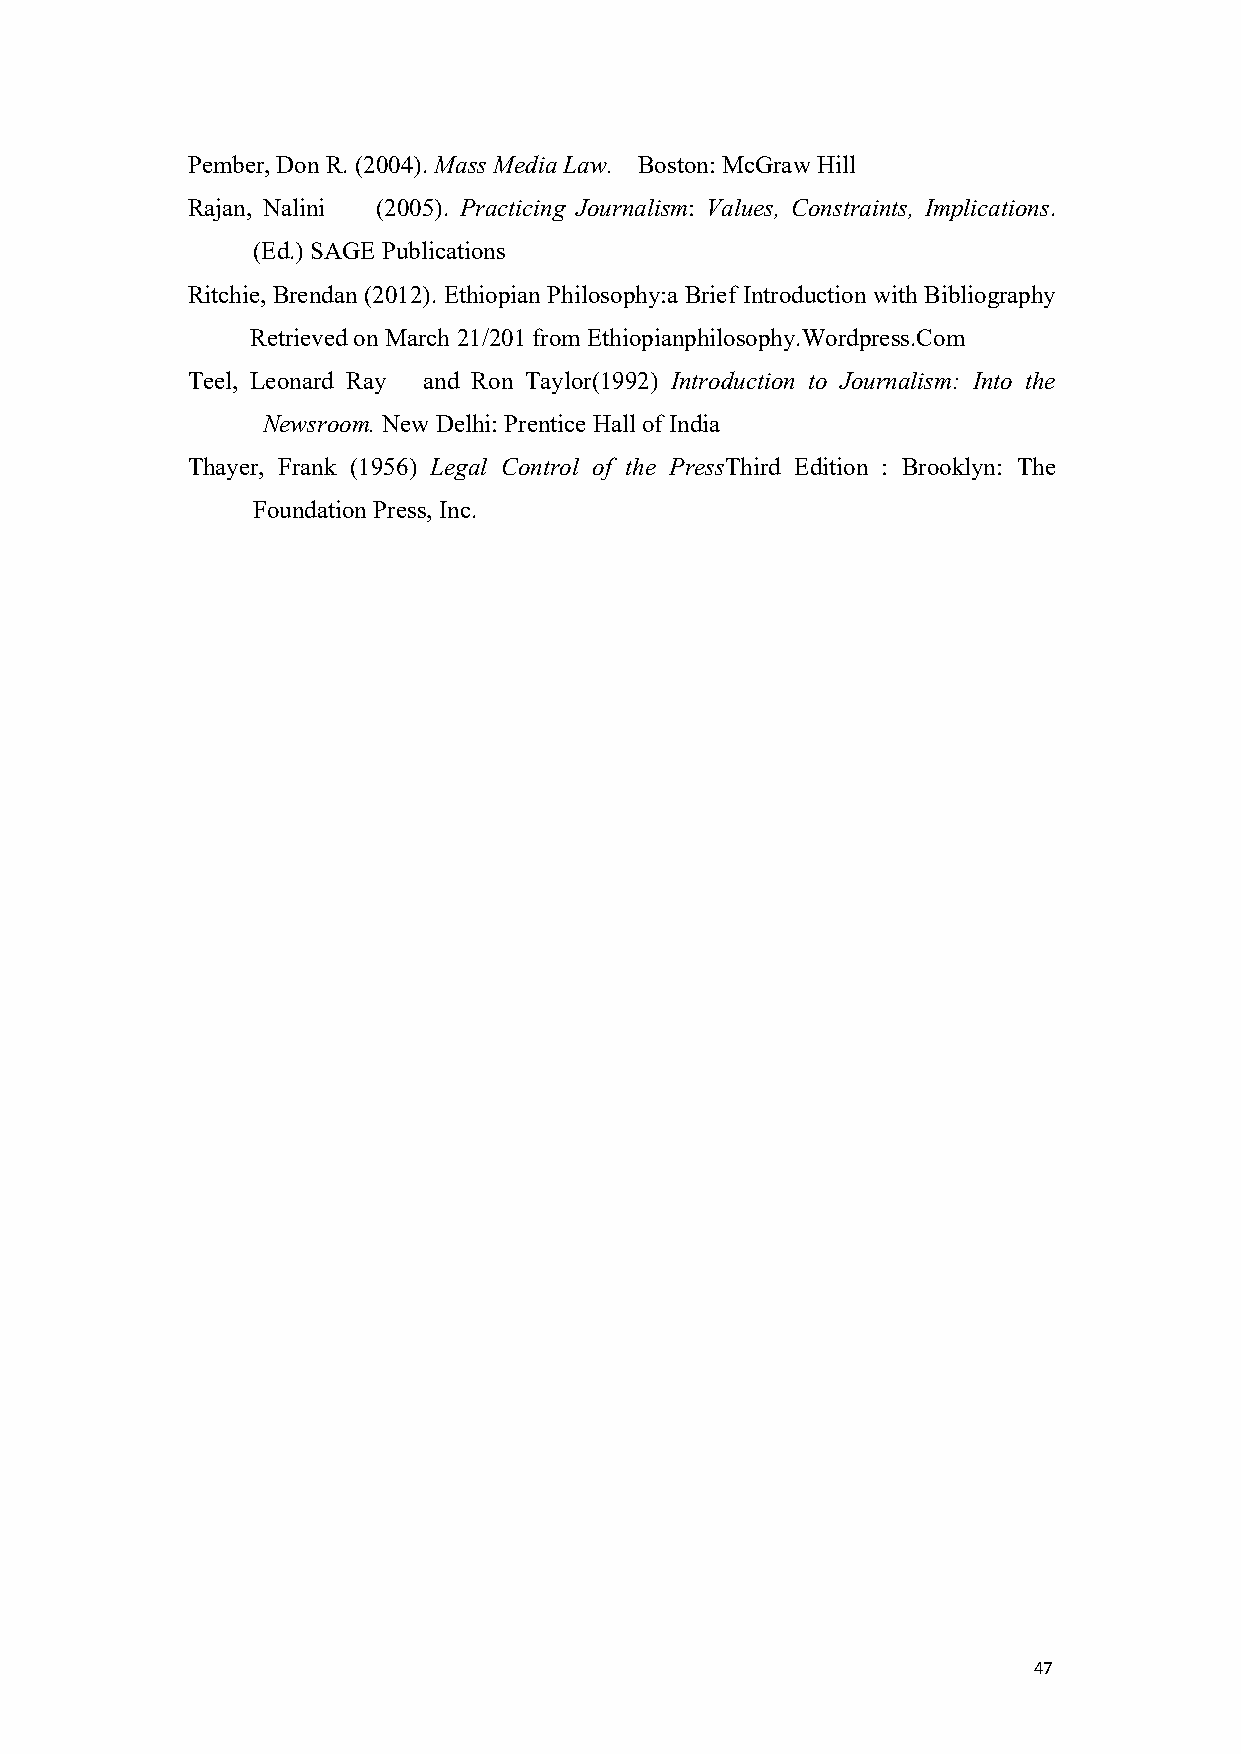
Pember,Don R. (2004).Mass Media Law. Boston: McGrawHill
 Rajan, Nalini (2005). Practicing Journalism: Values, Constraints, Implications.
 (Ed.) SAGE Publications
 Ritchie, Brendan (2012). Ethiopian Philosophy:a Brief Introduction with Bibliography
 Retrieved onMarch 21/201from Ethiopianphilosophy.Wordpress.Com
 Teel, Leonard Ray and Ron Taylor(1992) Introduction to Journalism: Into the
 Newsroom.New Delhi: Prentice Hall of India
 Thayer, Frank (1956) Legal Control of the PressThird Edition : Brooklyn: The
 Foundation Press, Inc.
 47